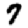
Digit: 7